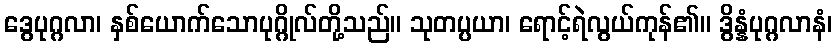
ဒွေပုဂ္ဂလာ၊ နှစ်ယောက်သောပုဂ္ဂိုလ်တို့သည်။ သုတပ္ပယာ၊ ရောင့်ရဲလွယ်ကုန်၏။ ဒွိန္နံပုဂ္ဂလာနံ၊